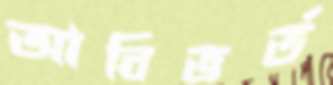
আবিভর্ত